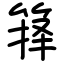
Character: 箨